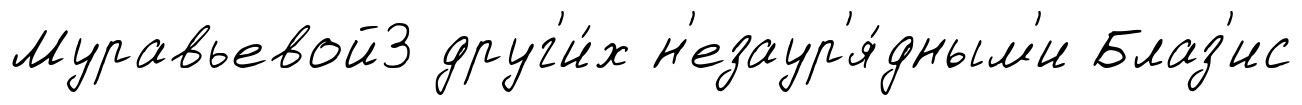
Муравьевой3 друг'и́х н'езаур'я́дным'и Блаз'ис